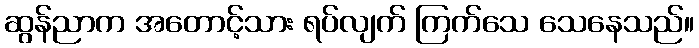
ဆွန်ညာက အတောင့်သား ရပ်လျက် ကြက်သေ သေနေသည်။